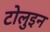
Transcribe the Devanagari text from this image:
टोलुइन